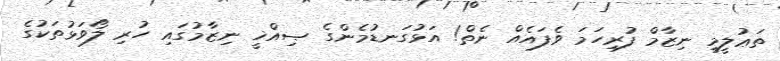
ތަޢުލީމީ ނިޒާމް ފުރިހަމަ ވެފައެއް ނެތް! އަޅުގަނޑުމެންގެ ޞިއްޚީ ނިޒާމުގައި ހުރި ލޯވަޅުތަކުގެ